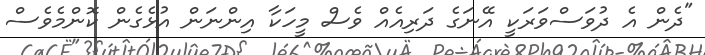
"ދެން އެ ދުވަސްވަރަކީ އޭނަގެ ދަރިއެއް ވެސް މީހަކާ އިންނަން އުޅެގެން ކޮންމެވެސް